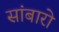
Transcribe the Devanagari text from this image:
सांबारो